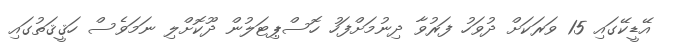
އޭޑީކޭގައި 15 ވަރަކަށް ދުވަހު ފަރުވާ ދިނުމަށްފަހު ހޮސްޕިޓަލުން ދޫކޮށްލި ނަމަވެސް ހަޤީޤަތުގައި